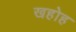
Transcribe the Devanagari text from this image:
खहोह